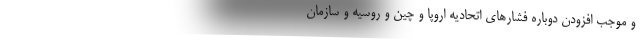
و موجب افزودن دوباره فشارهای اتحادیه اروپا و چین و روسیه و سازمان